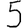
Digit: 5